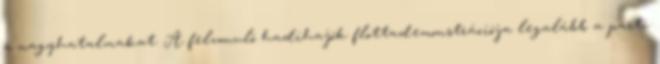
a nagyhatalmakat. A felvonuló hadihajók flottademonstrációja legalább a parti